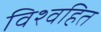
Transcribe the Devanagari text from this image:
विश्वहित